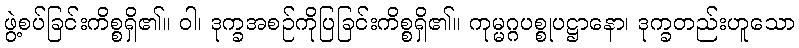
ဖွဲ့စပ်ခြင်းကိစ္စရှိ၏။ ဝါ၊ ဒုက္ခအစဉ်ကိုပြခြင်းကိစ္စရှိ၏။ ကုမ္မဂ္ဂပစ္စုပဋ္ဌာနော၊ ဒုက္ခတည်းဟူသော